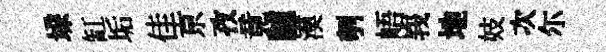
垜缸垢佳亰孜竟驢漠刳峿峩地妓次尓